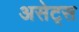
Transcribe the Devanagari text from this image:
असेट्स